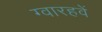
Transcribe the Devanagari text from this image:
ग्वारहवें